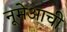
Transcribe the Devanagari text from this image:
नूमेआची